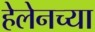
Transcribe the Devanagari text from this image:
हेलेनच्या